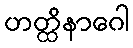
ဟတ္ထိနာဂေါ